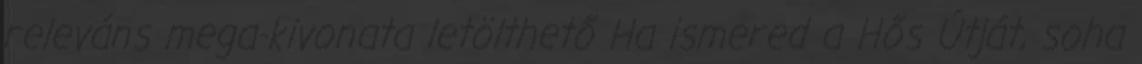
releváns mega-kivonata letölthető Ha ismered a Hős Útját, soha